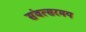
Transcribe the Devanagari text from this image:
संवत्सरमय